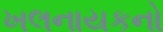
ખલનાયકનો